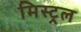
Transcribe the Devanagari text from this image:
मिस्ट्रल